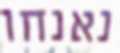
נאנחו